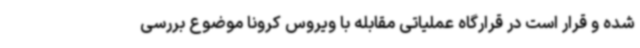
شده و قرار است در قرارگاه عملیاتی مقابله با ویروس کرونا موضوع بررسی